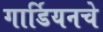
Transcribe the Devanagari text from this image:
गार्डियनचे